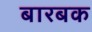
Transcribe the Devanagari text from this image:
बारबक